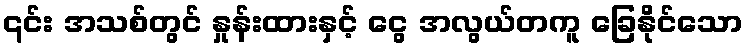
၎င်း အသစ်တွင် နှုန်းထားနှင့် ငွေ အလွယ်တကူ ခြေနိုင်သော